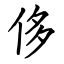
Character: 侈